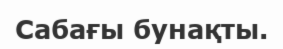
Сабағы бунақты.